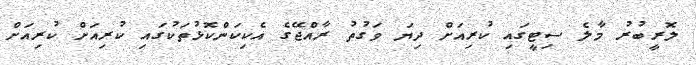
ލޮރީބުރު މާލެ ސިޓީގައި ކުރިއަށް ދިޔަ ވަގުތު ރާއްޖޭގެ އެކިކަންކޮޅުތަކުގައި ކުރިއަށް ކުރިއަށް